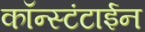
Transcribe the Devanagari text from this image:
कॉन्स्टंटाईन